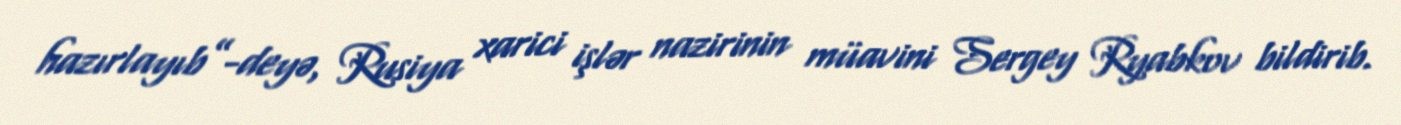
hazırlayıb”-deyə, Rusiya xarici işlər nazirinin müavini Sergey Ryabkov bildirib.